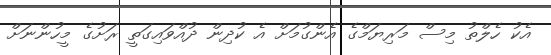
އެކު ހެލްތު މިސް މަރިޔަމްގެ އެންގުމަށް އެ ކުދިން ދުއްވައިގަތީ ރަށުގެ މީހުންނަށް